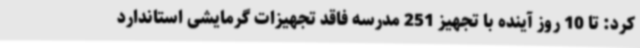
کرد: تا 10 روز آینده با تجهیز 251 مدرسه فاقد تجهیزات گرمایشی استاندارد